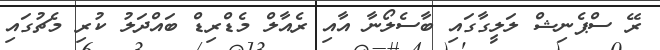
ރޭ ސްޕެނިޝް ލަލީގާގައި ބާސެލޯނާ އާއި ރެއާލް މެޑްރިޑް ބައްދަލު ކުރި މެޗުގައި